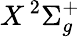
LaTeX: X\, {^2\Sigma_{g}^{+}}